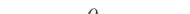
١٥